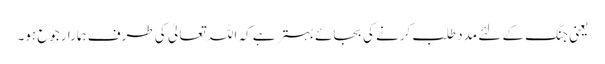
یعنی جنگ کے لئے مدد طلب کرنے کی بجائے بہتر ہے کہ اللہ تعالیٰ کی طرف ہمارا رجوع ہو۔